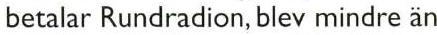
betalar Rundradion, blev mindre än